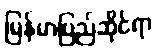
မြန်မာပြည်ဆိုင်ရာ